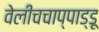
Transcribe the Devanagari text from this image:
वेलीचचाप्पाड्डू